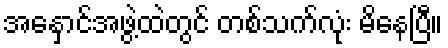
အနှောင်အဖွဲ့ထဲတွင် တစ်သက်လုံး မိနေပြီ။